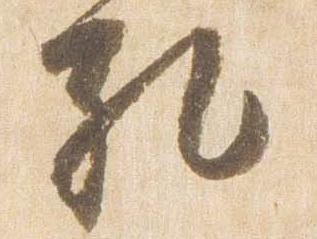
礼